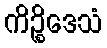
ကိဉ္စိဒေသံ